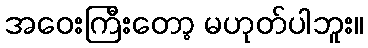
အဝေးကြီးတော့ မဟုတ်ပါဘူး။